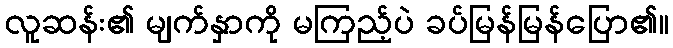
လူဆန်း၏ မျက်နှာကို မကြည့်ပဲ ခပ်မြန်မြန်ပြော၏။